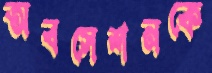
অবসেশনকে